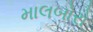
માલબોરો